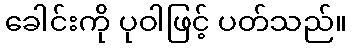
ခေါင်းကို ပုဝါဖြင့် ပတ်သည်။